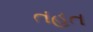
તહત